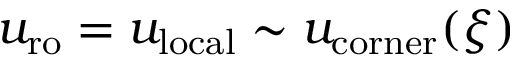
u _ { \mathrm { r o } } = u _ { \mathrm { l o c a l } } \sim u _ { \mathrm { c o r n e r } } ( \xi )